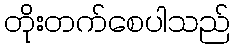
တိုးတက်စေပါသည်